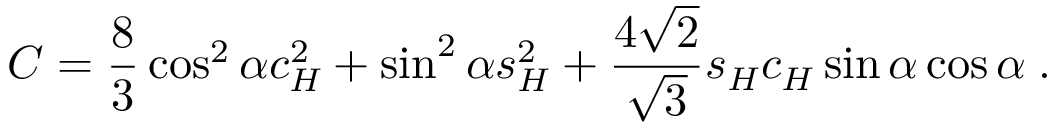
C = { \frac { 8 } { 3 } } \cos ^ { 2 } \alpha c _ { H } ^ { 2 } + \sin ^ { 2 } \alpha s _ { H } ^ { 2 } + { \frac { 4 \sqrt 2 } { \sqrt 3 } } s _ { H } c _ { H } \sin \alpha \cos \alpha \; .